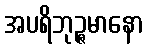
အပရိဘုဉ္ဇမာနော